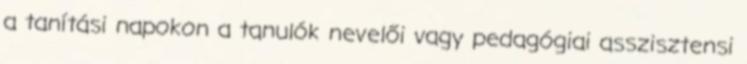
a tanítási napokon a tanulók nevelői vagy pedagógiai asszisztensi